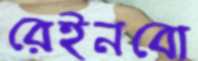
রেইনবো